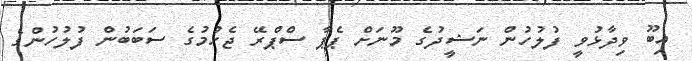
އިބޫ ވިދާޅުވީ ފުލުހުން ނަޝީދުގެ މޫނަށް ޕެޕާ ސްޕްރޭ ޖެހުމުގެ ސަބަބުން ފުލުހުންގެ